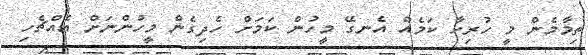
ތިމާމެން މީ ހުރިހާ ކަމެއް އެނގޭ މީހުން ކަމަށް ހެދިގެން މީހުންނަށް އެއްޗެހި